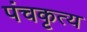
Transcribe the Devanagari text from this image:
पंचकृत्य